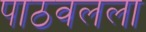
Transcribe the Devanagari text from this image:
पाठवलला